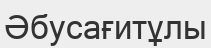
Әбусағитұлы